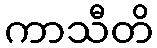
ကာသီတိ